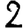
Digit: 2